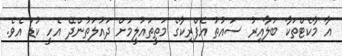
އާ މާކެޓްތަކާ ބަލާއިރު ސައުތު އެފްރިކާގެ މަތީތައުލީމަށް ދައުލަތުންދޭ އެހީ ކުޑަ އެވެ.